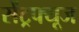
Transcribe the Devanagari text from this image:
सेंट्रफ्यूज